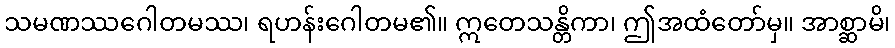
သမဏဿဂေါတမဿ၊ ရဟန်းဂေါတမ၏။ ဣတေသန္တိကာ၊ ဤအထံတော်မှ။ အာစ္ဆာမိ၊